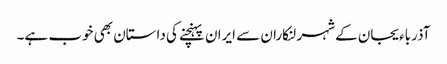
آذرباءیجان کے شہر لنکاران سے ایران پہنچنے کی داستان بھی خوب ہے۔